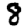
Digit: 8